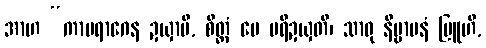
အာဟ “ကာမရာဂေန ဍယှာမိ, စိတ္တံ မေ ပရိဍယှတိ၊ သာဓု နိဗ္ဗာပနံ ဗြူဟိ,